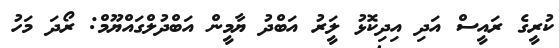
ކުރީގެ ރައީސް އަދި އިދިކޮޅު ލީަރު އަބްދު ޔާމީން އަބްދުލްގައްޔޫމް: ރޯދަ މަހު